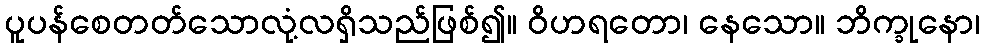
ပူပန်စေတတ်သောလုံ့လရှိသည်ဖြစ်၍။ ဝိဟရတော၊ နေသော။ ဘိက္ခုနော၊